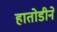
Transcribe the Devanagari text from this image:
हातोडीने